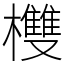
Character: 欆